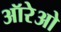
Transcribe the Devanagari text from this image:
ऑरेओ